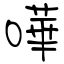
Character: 嘩